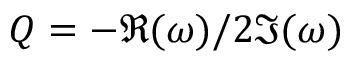
Q = - \Re ( \omega ) / 2 \Im ( \omega )